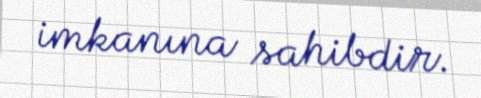
imkanına sahibdir.